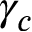
\gamma _ { c }